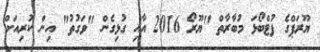
ޔޫރަޕްގެ ފުޓްބޯޅަ މުބާރާތް "ޔޫރޯ 2016 އާއި ގުޅިގެން "ވަގުތު" އިން ކުރިއަށް